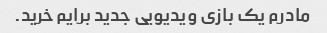
مادرم یک بازی ویدیویی جدید برایم خرید.